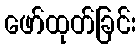
ဖော်ထုတ်ခြင်း